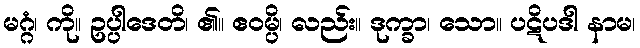
မဂ္ဂံ၊ ကို။ ဥပ္ပါဒေတိ၊ ၏။ ဧဝမ္ပိ၊ လည်း။ ဒုက္ခာ၊ သော။ ပဋိပဒါ နာမ၊